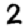
Digit: 2